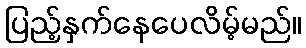
ပြည့်နှက်နေပေလိမ့်မည်။